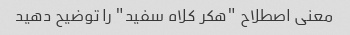
معنی اصطلاح "هکر کلاه سفید" را توضیح دهید